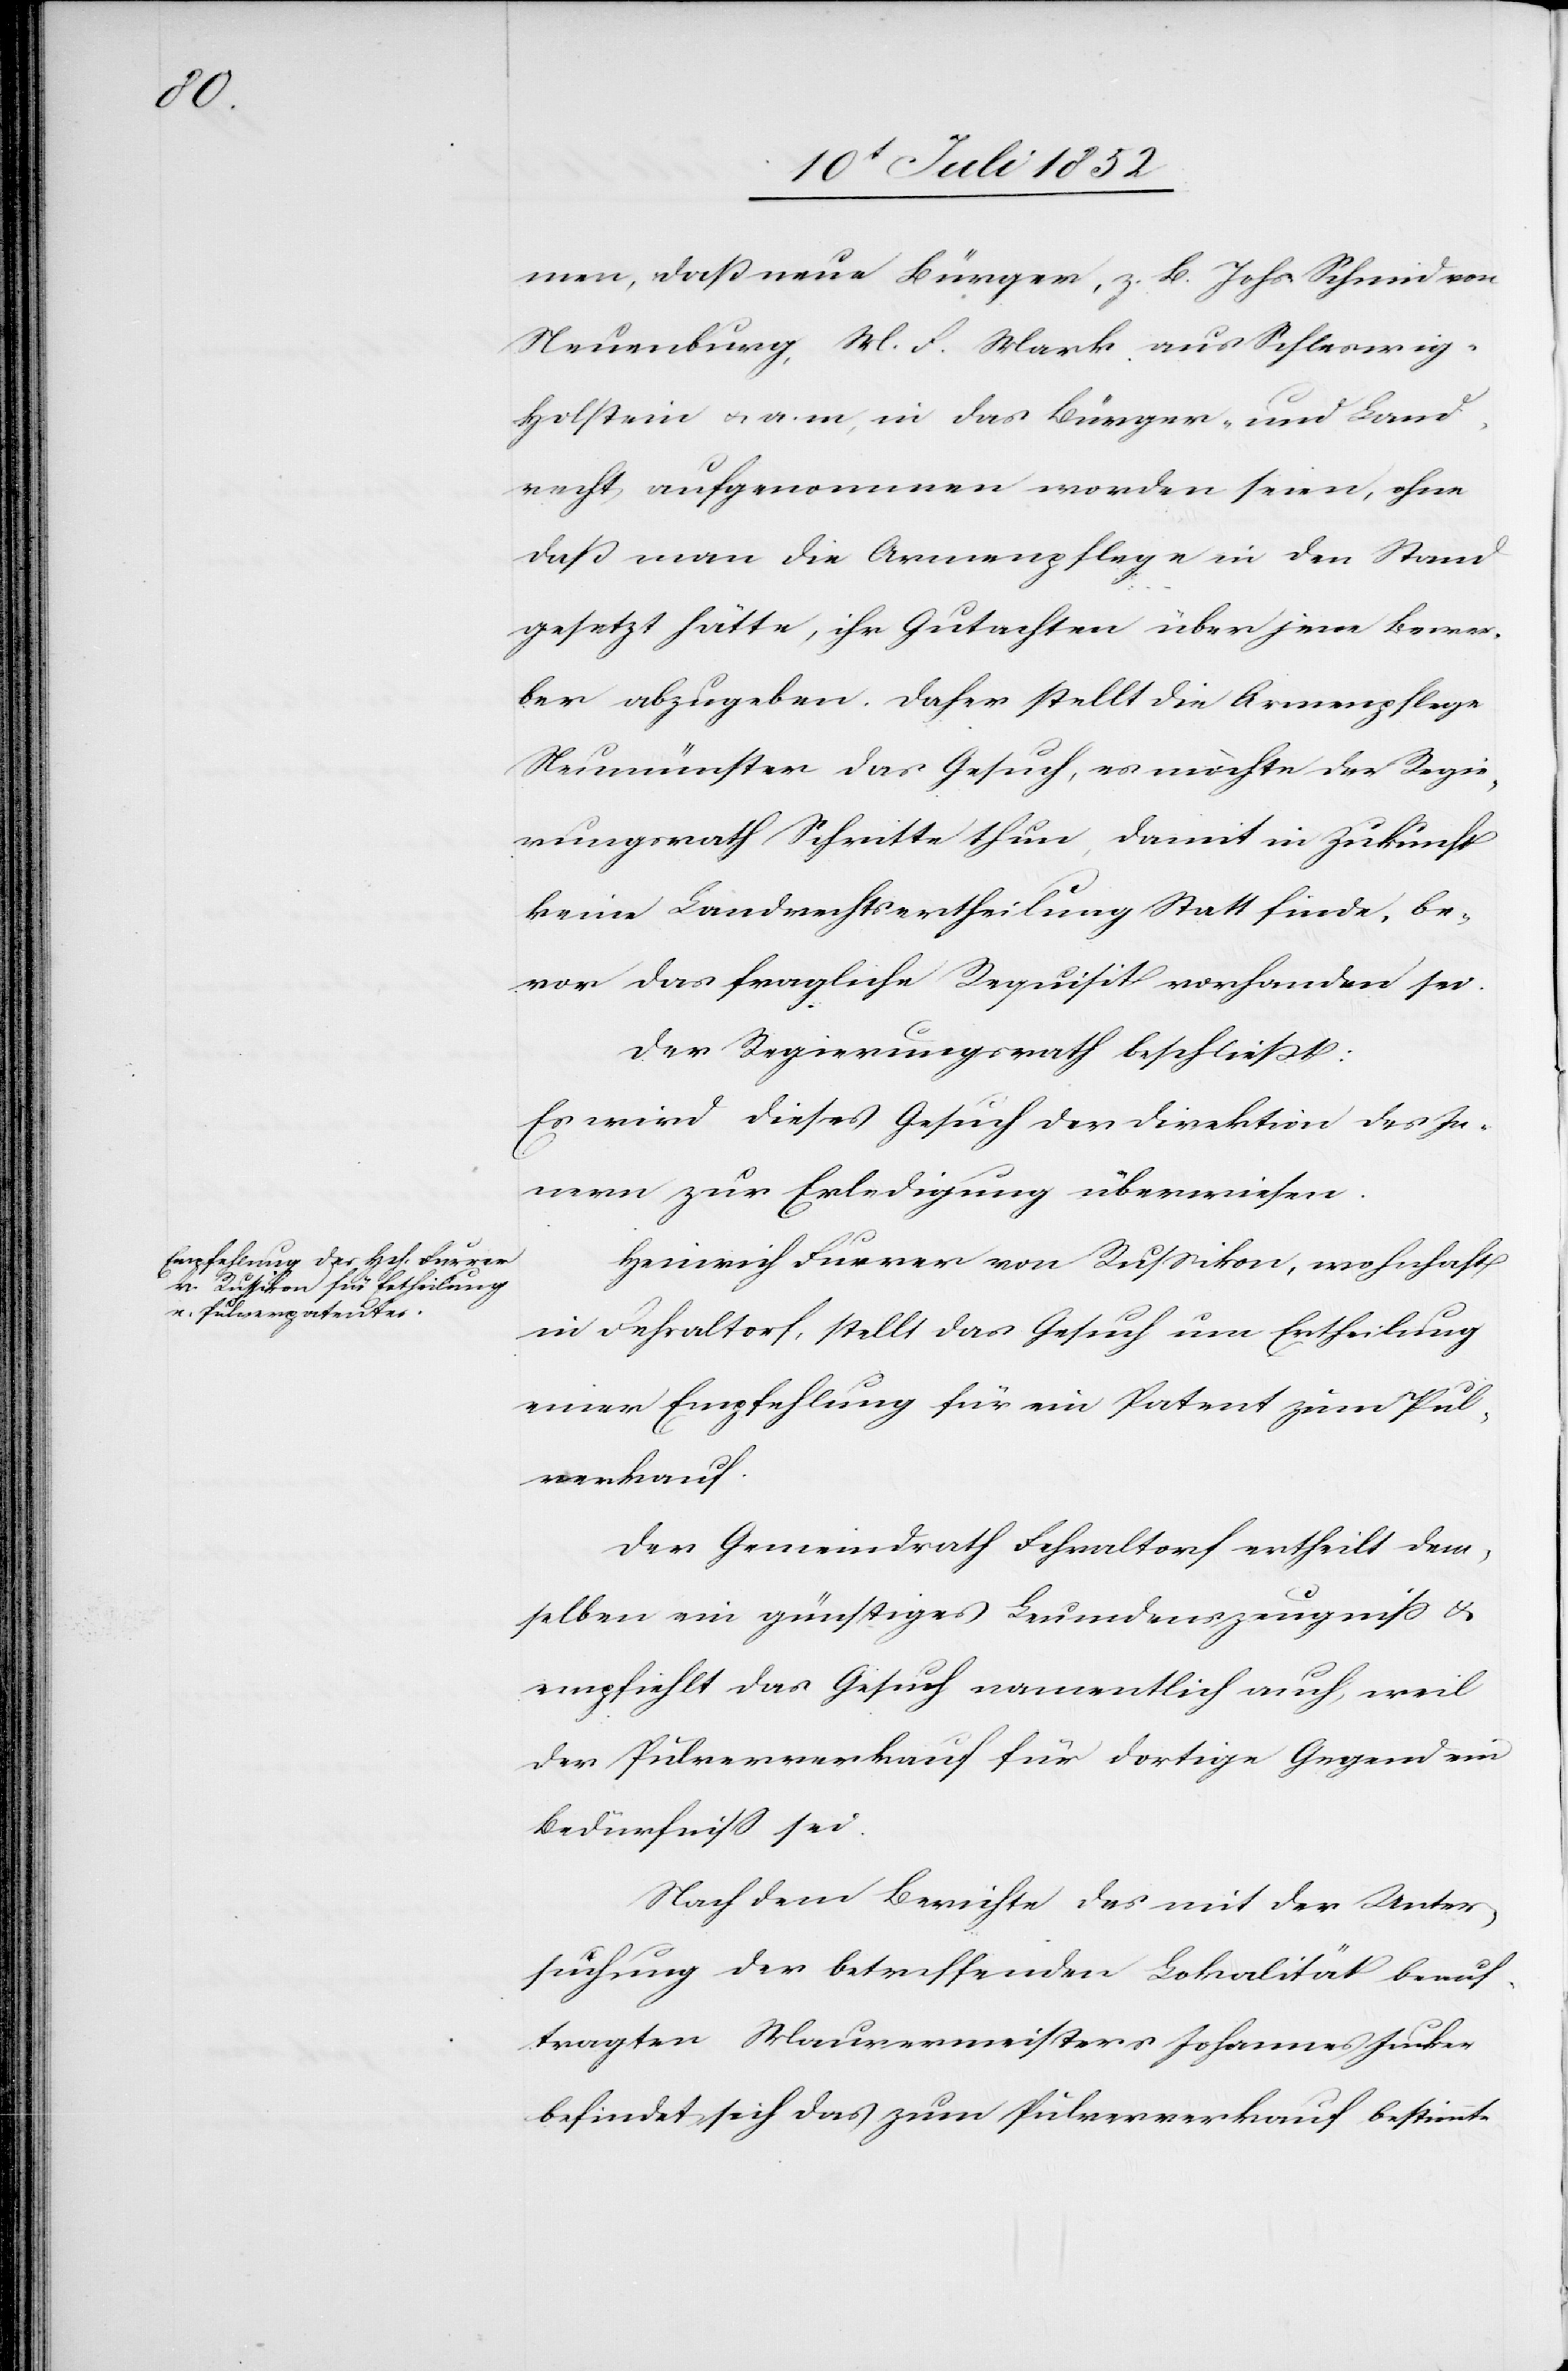
ve¬

men, daß neue Bürger, z. B. Johs. Schmid von
Neuenburg, M. F. Mark aus Schleswig-H¬
olstein & a. m, in das Bürger- und Land¬
recht aufgenommen worden seien, ohne
daß man die Armenpflege in den Stand
gesetzt hätte, ihr Gutachten über jene Bewer¬
ber abzugeben. Daher stellt die Armenpflege
Neumünster das Gesuch, es möchte der Regie¬
rungsrath Schritte thun, damit in Zukunft
keine Landrechtsertheilung Statt finde, be¬
vor das fragliche Requisit vorhanden sei.
Der Regierungsrath beschließt:
Es wird dieses Gesuch der Direktion des In¬
nern zur Erledigung überwiesen.
Heinrich Furrer von Russikon, wohnhaft
in Fehraltorf, stellt das Gesuch um Ertheilung
einer Empfehlung für ein Patent zum Pul¬
r[ver]kauf.
Der Gemeindrath Fehraltorf ertheilt dem¬
selben ein günstiges Leumdenszeugniss &
empfiehlt das Gesuch namentlich auch, weil
der Pulververkauf für dortige Gegend ein
Bedürfniss sei.
Nach dem Berichte des mit der Unter¬
suchung der betreffenden Lokalität beauf¬
tragten Maurermeisters Johannes Jucker
befindet sich das zum Pulververkauf bestimmte